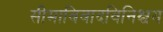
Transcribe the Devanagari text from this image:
सीमाविवादविनिश्चय